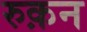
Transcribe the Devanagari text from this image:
रुक़न